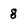
Character: 8